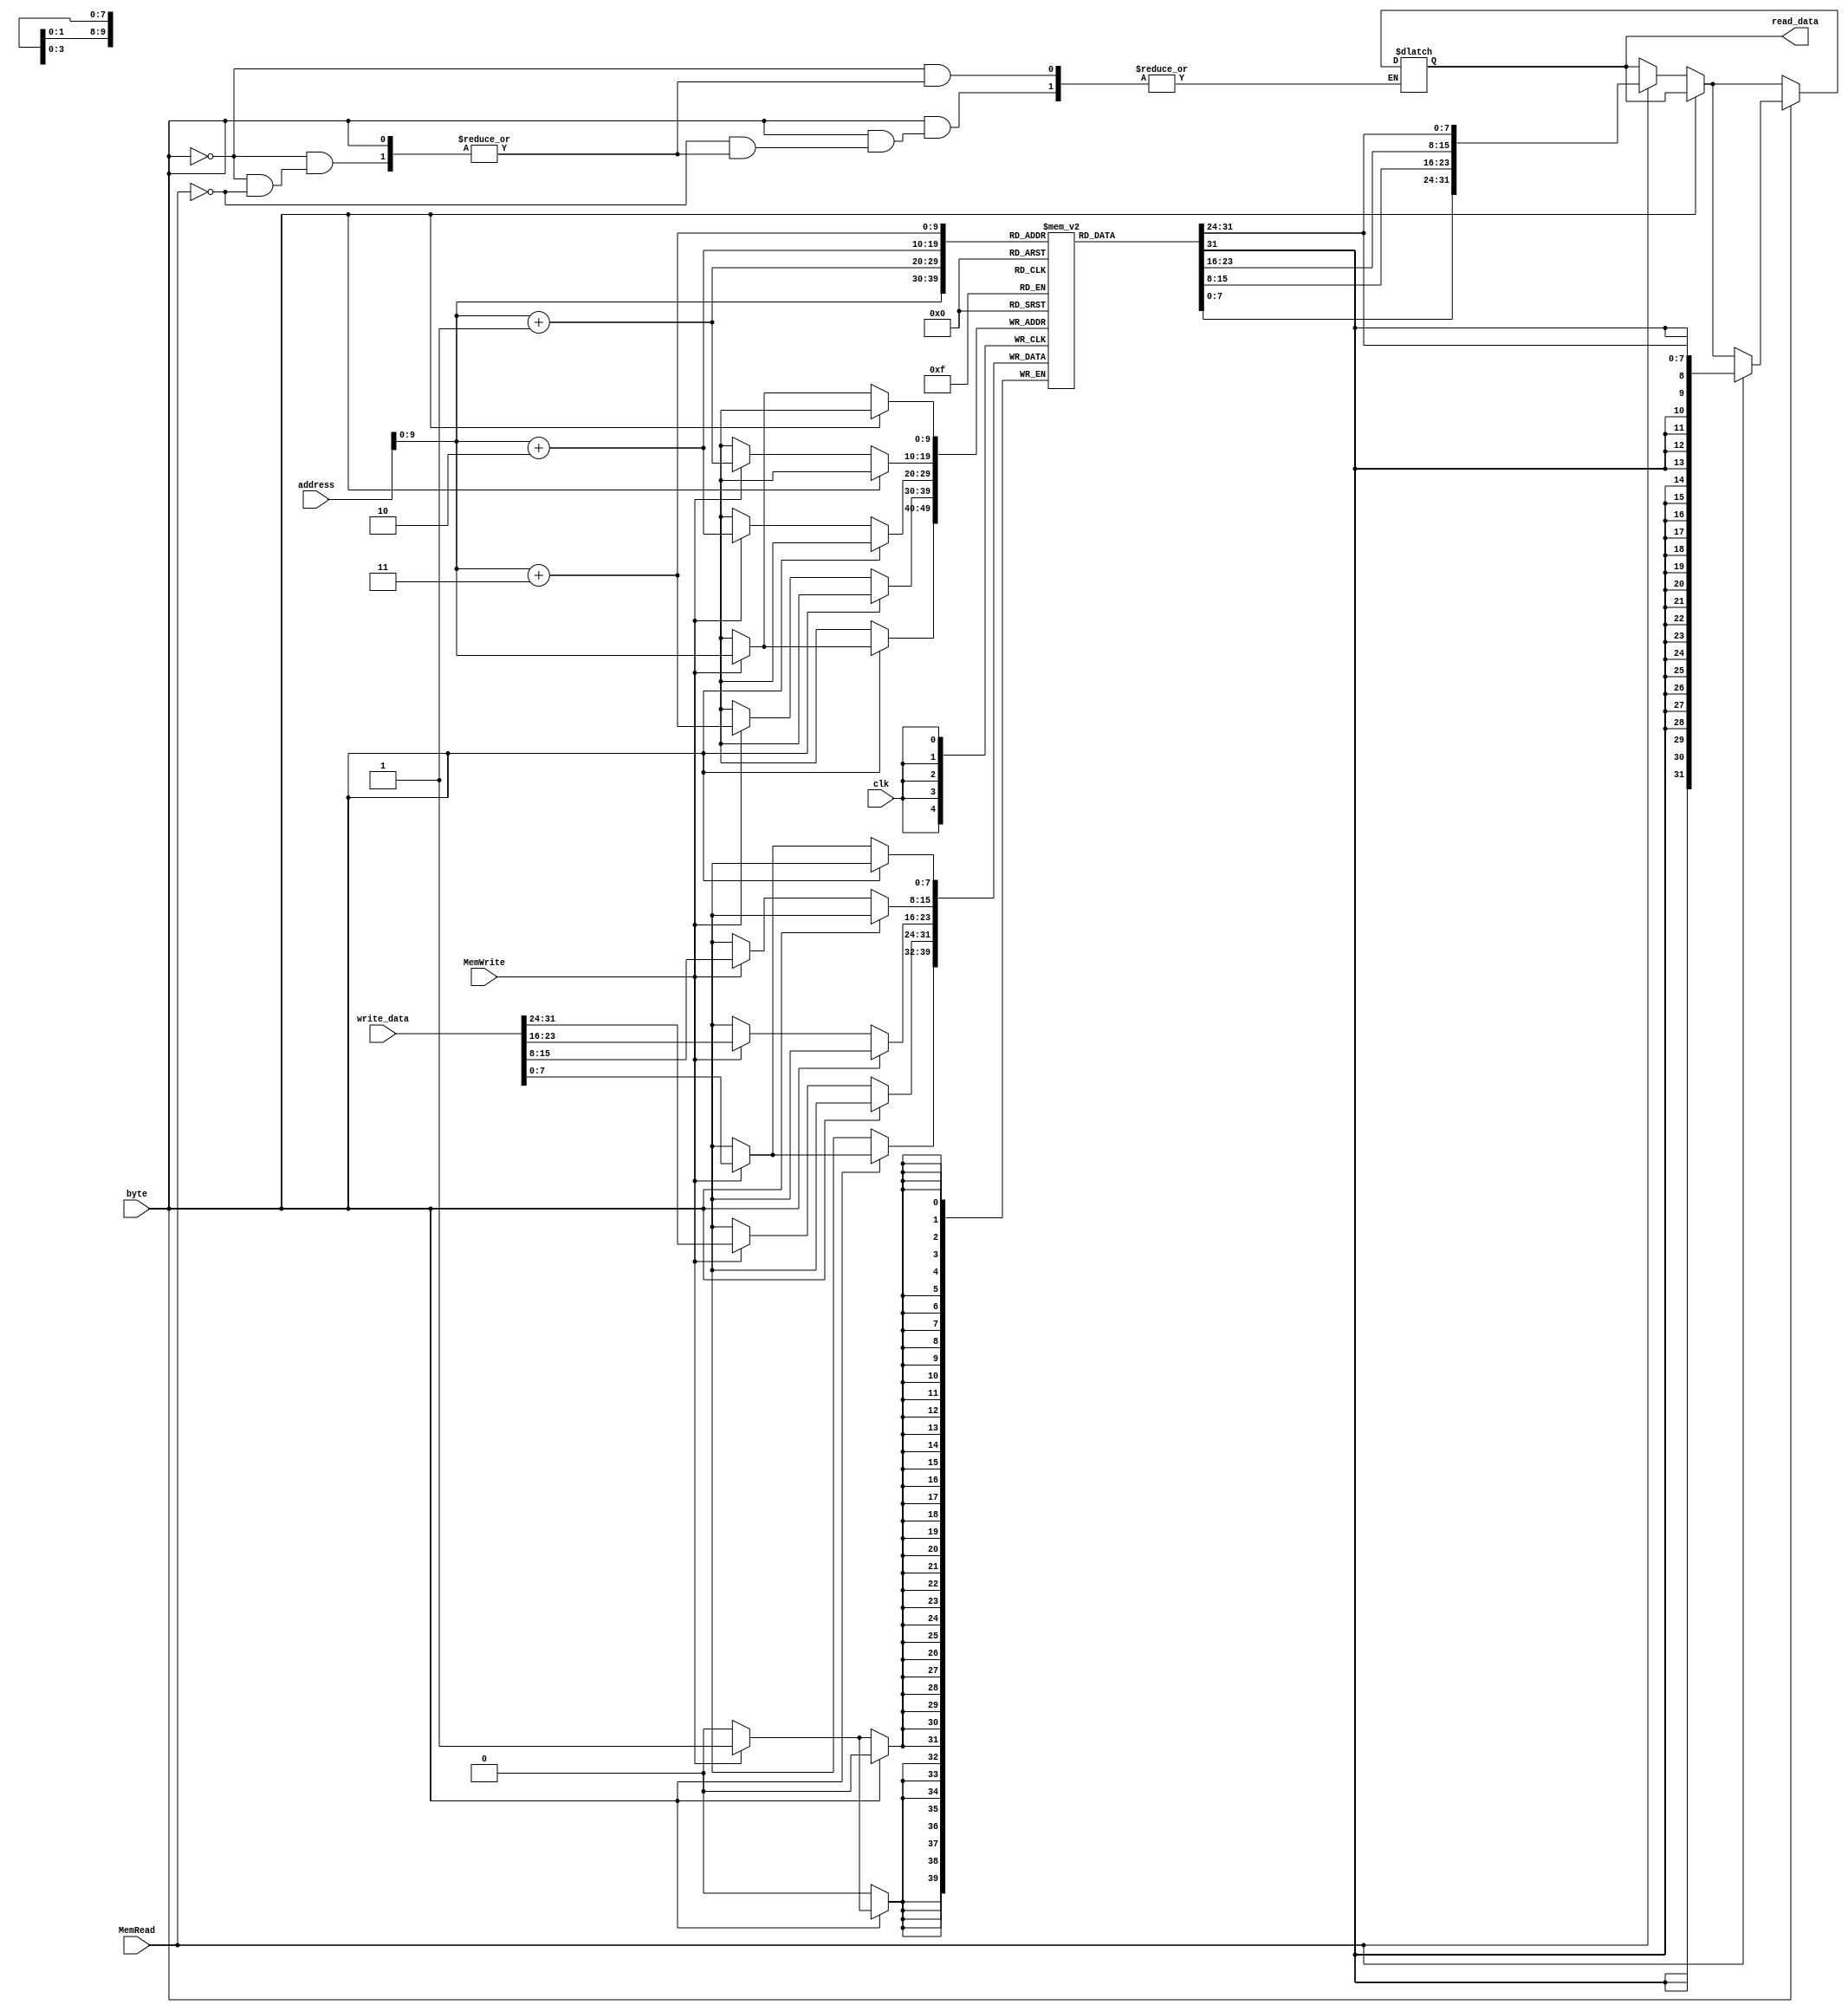
module data_memory(
 input [31:0] address, write_data,
 input MemRead, MemWrite, byte, clk,
 output reg [31:0] read_data 
);

reg [7:0] Memory [1023:0]; 

always @ (*) begin
    if(byte == 0) begin 
        if(MemRead) begin
            read_data = {Memory[address + 3], Memory[address + 2], Memory[address + 1], Memory[address]};
        end
    end
    if(byte == 1) begin
        if(MemRead) begin
            read_data = {{24{Memory[address][7]}},Memory[address]};
        end
    end
end


always @ (posedge clk) begin
    if(byte == 0) begin 
        if(MemWrite) begin
            Memory[address] = write_data[7:0];
            Memory[address + 1] = write_data[15:8];
            Memory[address + 2] = write_data[23:16];
            Memory[address + 3] = write_data[31:24];
        end
    end
    if(byte == 1) begin
        if(MemWrite) begin
            Memory[address] = write_data[7:0];
        end
    end
end

endmodule